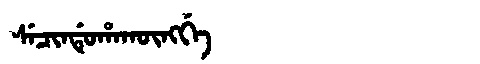
Manchu: ᠰᡝᠴᡳᠨᡩᡠᡥᠠᡴᡡᠩᡤᡝ
Romanization: SECINDUHAKŪNGGE